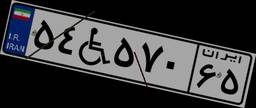
۵۴W۵۷۰۶۵